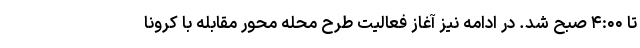
تا ۴:۰۰ صبح شد. در ادامه نیز آغاز فعالیت طرح محله محور مقابله با کرونا